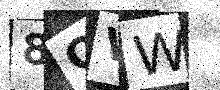
Text: 8QVW